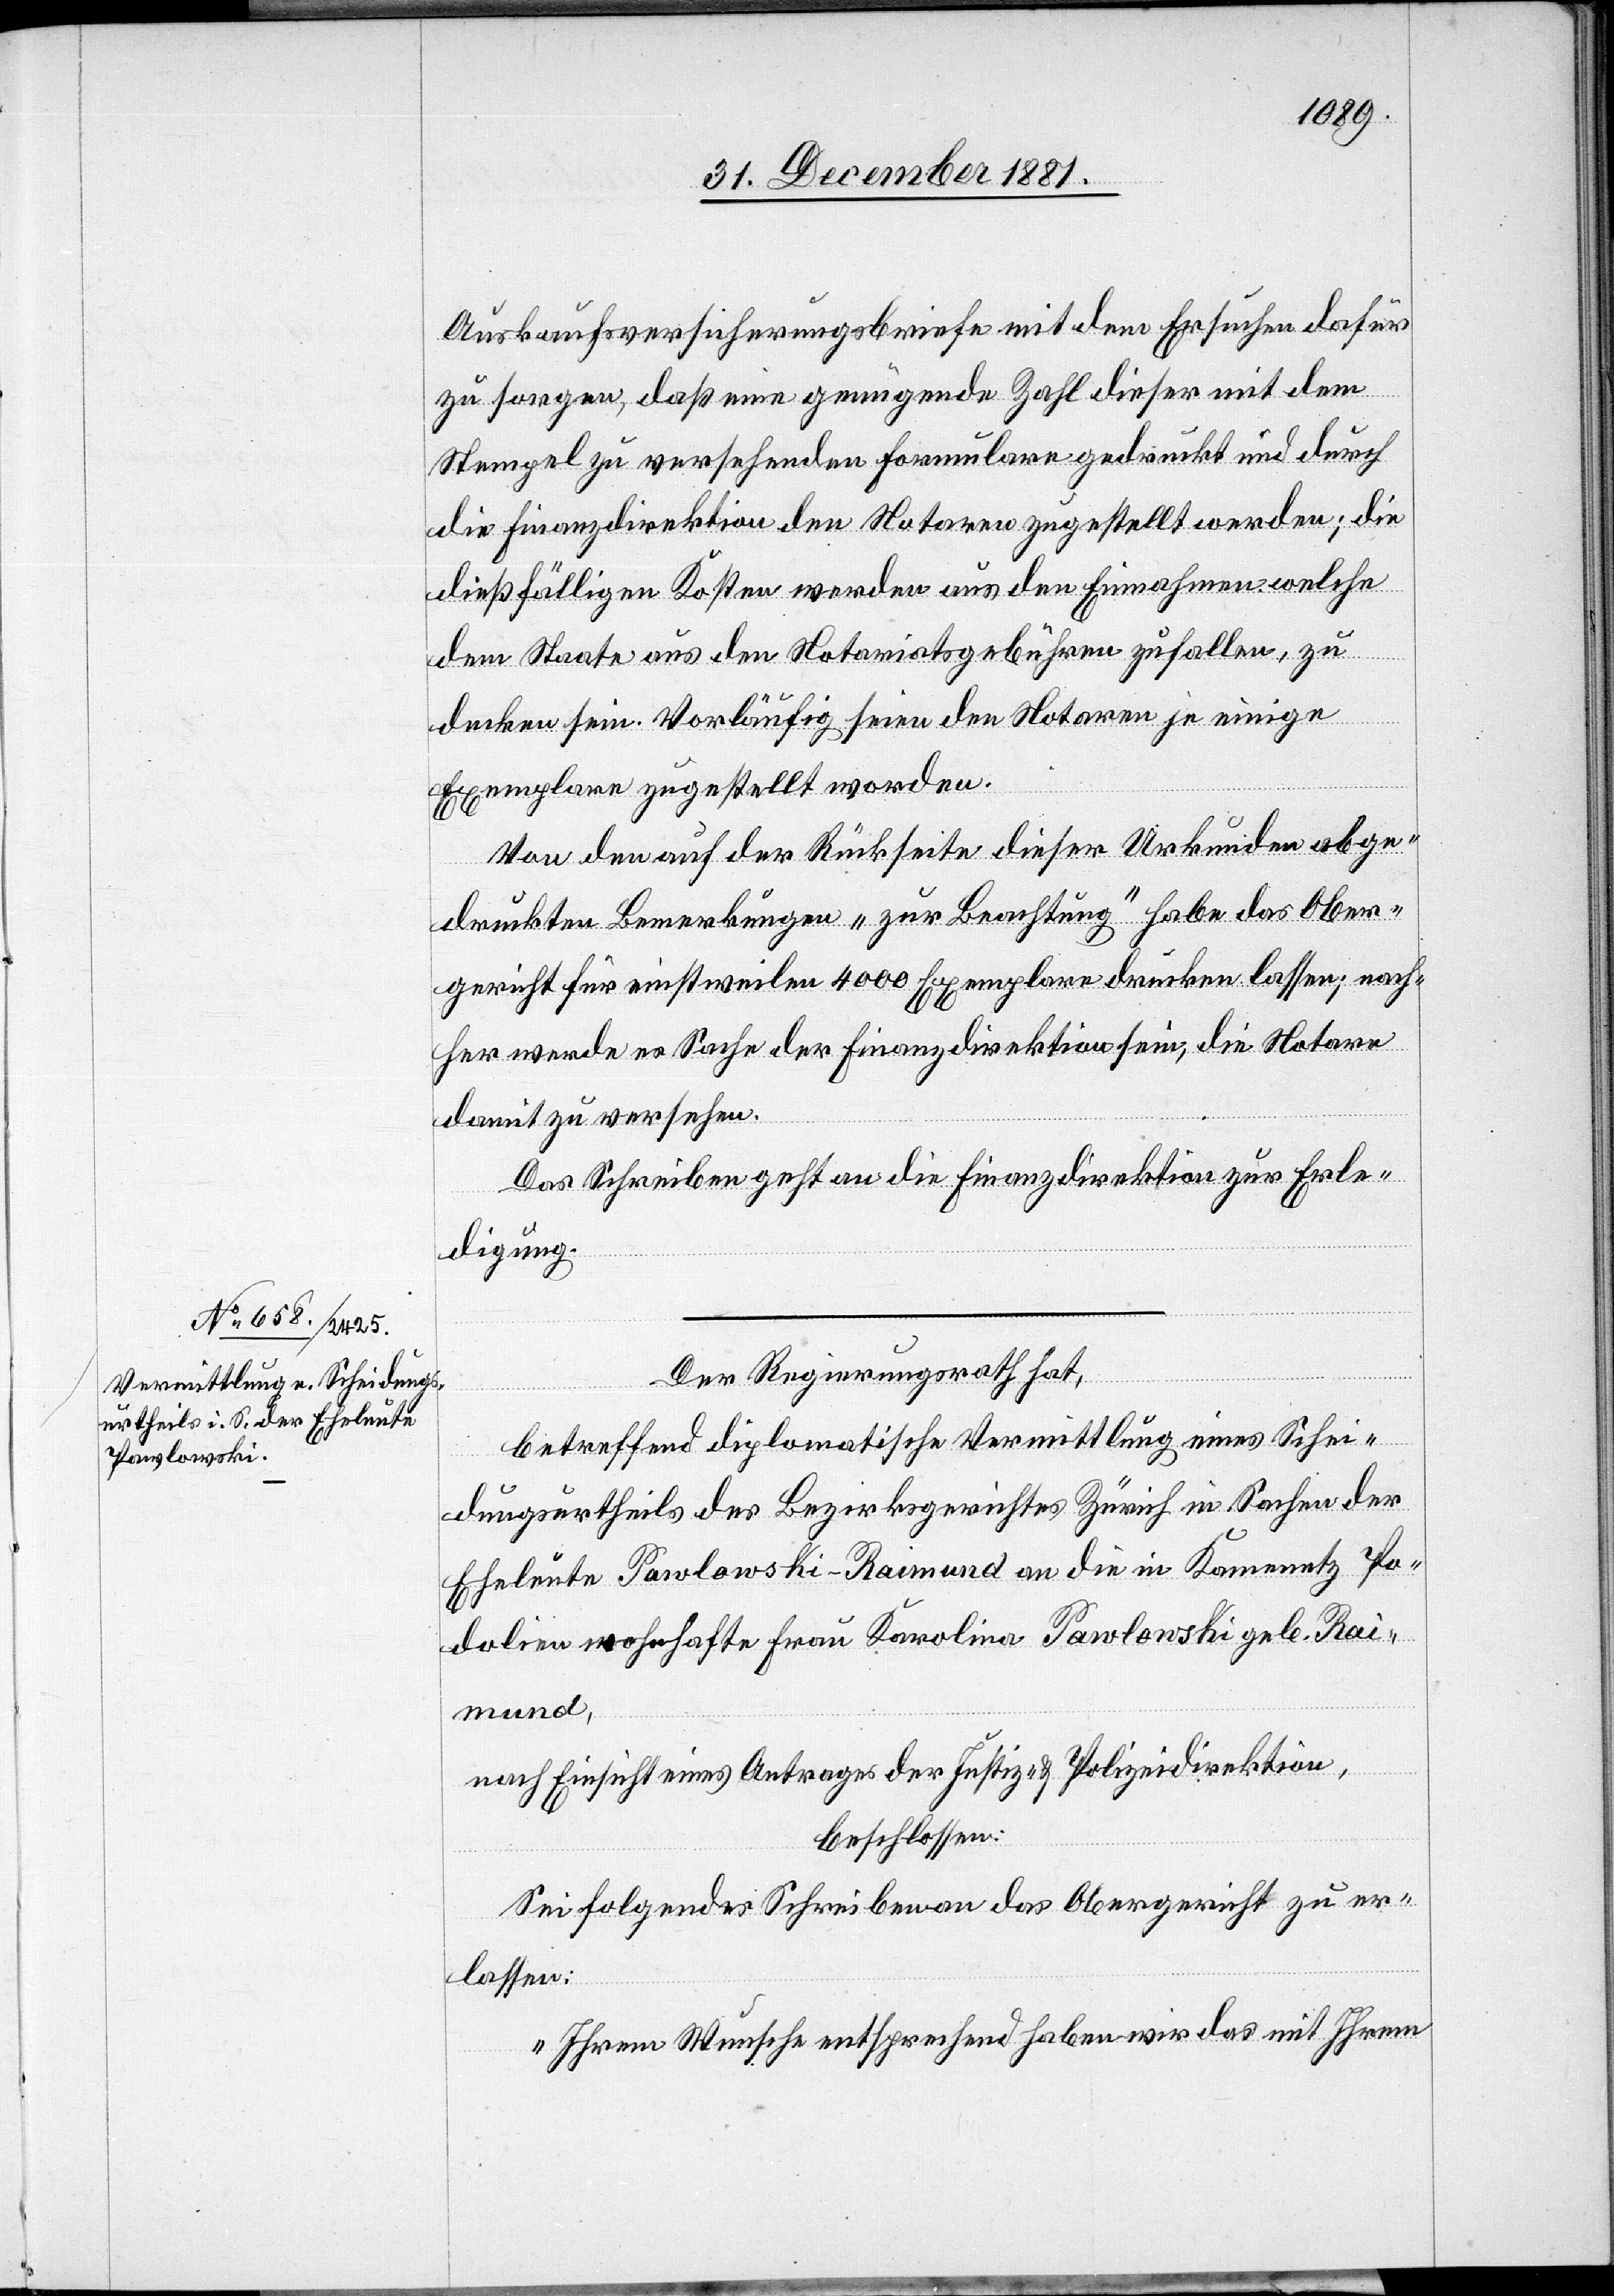
4.

Auskaufversicherungsbriefe mit dem Ersuchen dafür
zu sorgen, daß eine genügende Zahl dieser mit dem
Stempel zu versehenden Formulare gedruckt und durch
die Finanzdirektion den Notaren zugestellt werden; die
dießfälligen Kosten werden aus den Einnahmen welche
dem Staate aus den Notariatsgebühren zufallen, zu
decken sein. Vorläufig seien den Notaren je einige
Exemplare zugestellt worden.
Von den auf der Rückseite dieser Urkunden abge¬
druckten Bemerkungen „zur Beachtung“ habe das Ober¬
gericht für einstweilen 4000 Exemplare drucken lassen; nach¬
her werde es Sache der Finanzdirektion sein, die Notare
damit zu versehen.
Das Schreiben geht an die Finanzdirektion zur Erle¬
digung.
Der Regierungsrath hat,
betreffend diplomatische Vermittlung eines Schei¬
dungsurtheils des Bezirksgerichtes Zürich in Sachen der
Eheleute Pawlowski-Raimund an die in Kamenetz Po¬
dolien wohnhafte Karolina Pawlowski geb. Rai¬
mund,
nach Einsicht eines Antrages der Justiz- & Polizeidirektion,
beschlossen:
Sei folgendes Schreiben an das Obergericht zu er¬
lassen:
„Ihrem Wunsche entsprechend haben wir das mit Ihrem